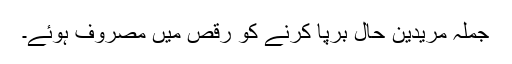
جملہ مریدین حال برپا کرنے کو رقص میں مصروف ہوئے۔